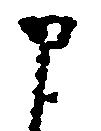
申